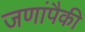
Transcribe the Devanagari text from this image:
जणांपैकी